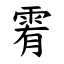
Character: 䨖